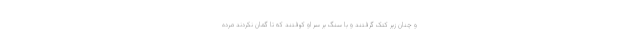
و چنان زیر کتک گرفتند و با سنگ بر سر او کوفتند که تا گمان نکردند مرده